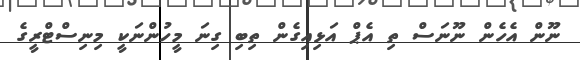
ނޫން އެހެން ނޫނަސް ތި އެޕް އަޅިއިގެން ތިބި ގިނަ މީހުންނަކީ މިނިސްޓްރީގެ